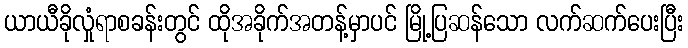
ယာယီခိုလှုံရာစခန်းတွင် ထိုအခိုက်အတန့်မှာပင် မြို့ပြဆန်သော လက်ဆက်ပေးပြီး